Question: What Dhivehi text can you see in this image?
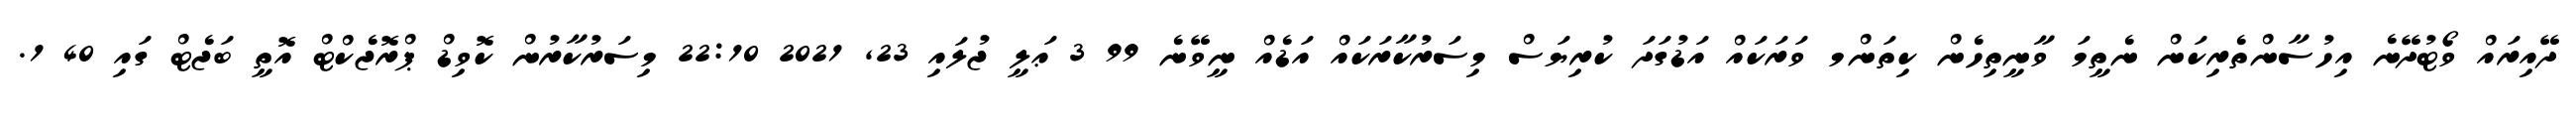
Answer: ދޭއިރައް ވޯޓުދޭނެ އިހުސާންތެރިކަން ނެތީމަ ވާނީތިހެން ކިތަންމ ވަރަކައް އަޑުގަދަ ކުރިޔަސް މިސަރުކާރަކައް އަޑެއް ނީވޭނެ 99 3 ޢަލީ ޖުލައި 23, 2021 22:10 މިސަރުކާރުން ކޮވިޑް ޕްރޮޖެކްޓް އޮތީ ބަޖެޓް ގައި 40 1.